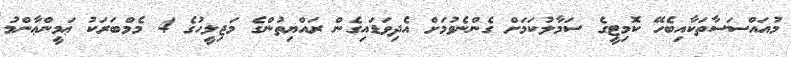
މުއައްސަސާތަކާއިބެހޭ ކޮމިޓީގެ ސަމާލުކަމަށް ގެންނެވުމަށް އެދިވަޑައިގެން ރައްޔިތުންގެ މަޖިލީހުގެ 4 މެމްބަރަކު ޢަމީންޢާންމު